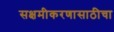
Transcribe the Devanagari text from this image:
सक्षमीकरणासाठीचा